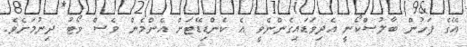
އޭގެ ފަހުން ބާލުސްކޯނީ އެދިވަޑައިގެންނެވީ އެ ކެންޑިޑޭޓަށް އެންމެން ވެސް ވޯޓު ދިނުމަށެވެ.